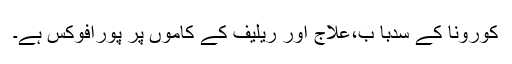
کورونا کے سدبا ب،علاج اور ریلیف کے کاموں پر پورافوکس ہے۔